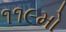
૧૧૯મો